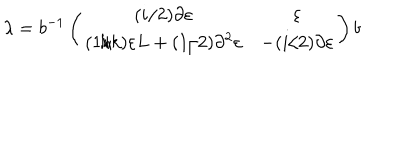
\lambda = b ^ { - 1 } \left( \begin{array} { c c } { { ( i / 2 ) \partial \varepsilon } } & { { \varepsilon } } \\ { { ( 1 / k ) \varepsilon L + ( 1 / 2 ) \partial ^ { 2 } \varepsilon } } & { { - ( i / 2 ) \partial \varepsilon } } \\ \end{array} \right) b